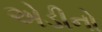
એડીનો